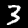
Digit: 3